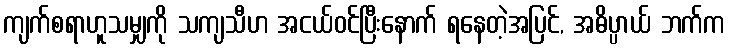
ကျက်စရာဟူသမျှကို သကျသီဟ အငယ်ဝင်ပြီးနောက် ရနေတဲ့အပြင်, အဓိပ္ပာယ် ဘက်က